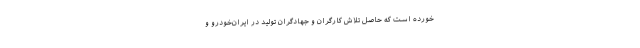
خورده است که حاصل تلاش کارگران و جهادگران تولید در ایران‌خودرو و